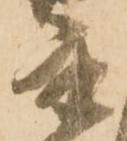
主